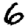
Digit: 6